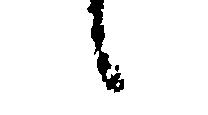
候